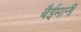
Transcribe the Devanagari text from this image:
बैईमानी